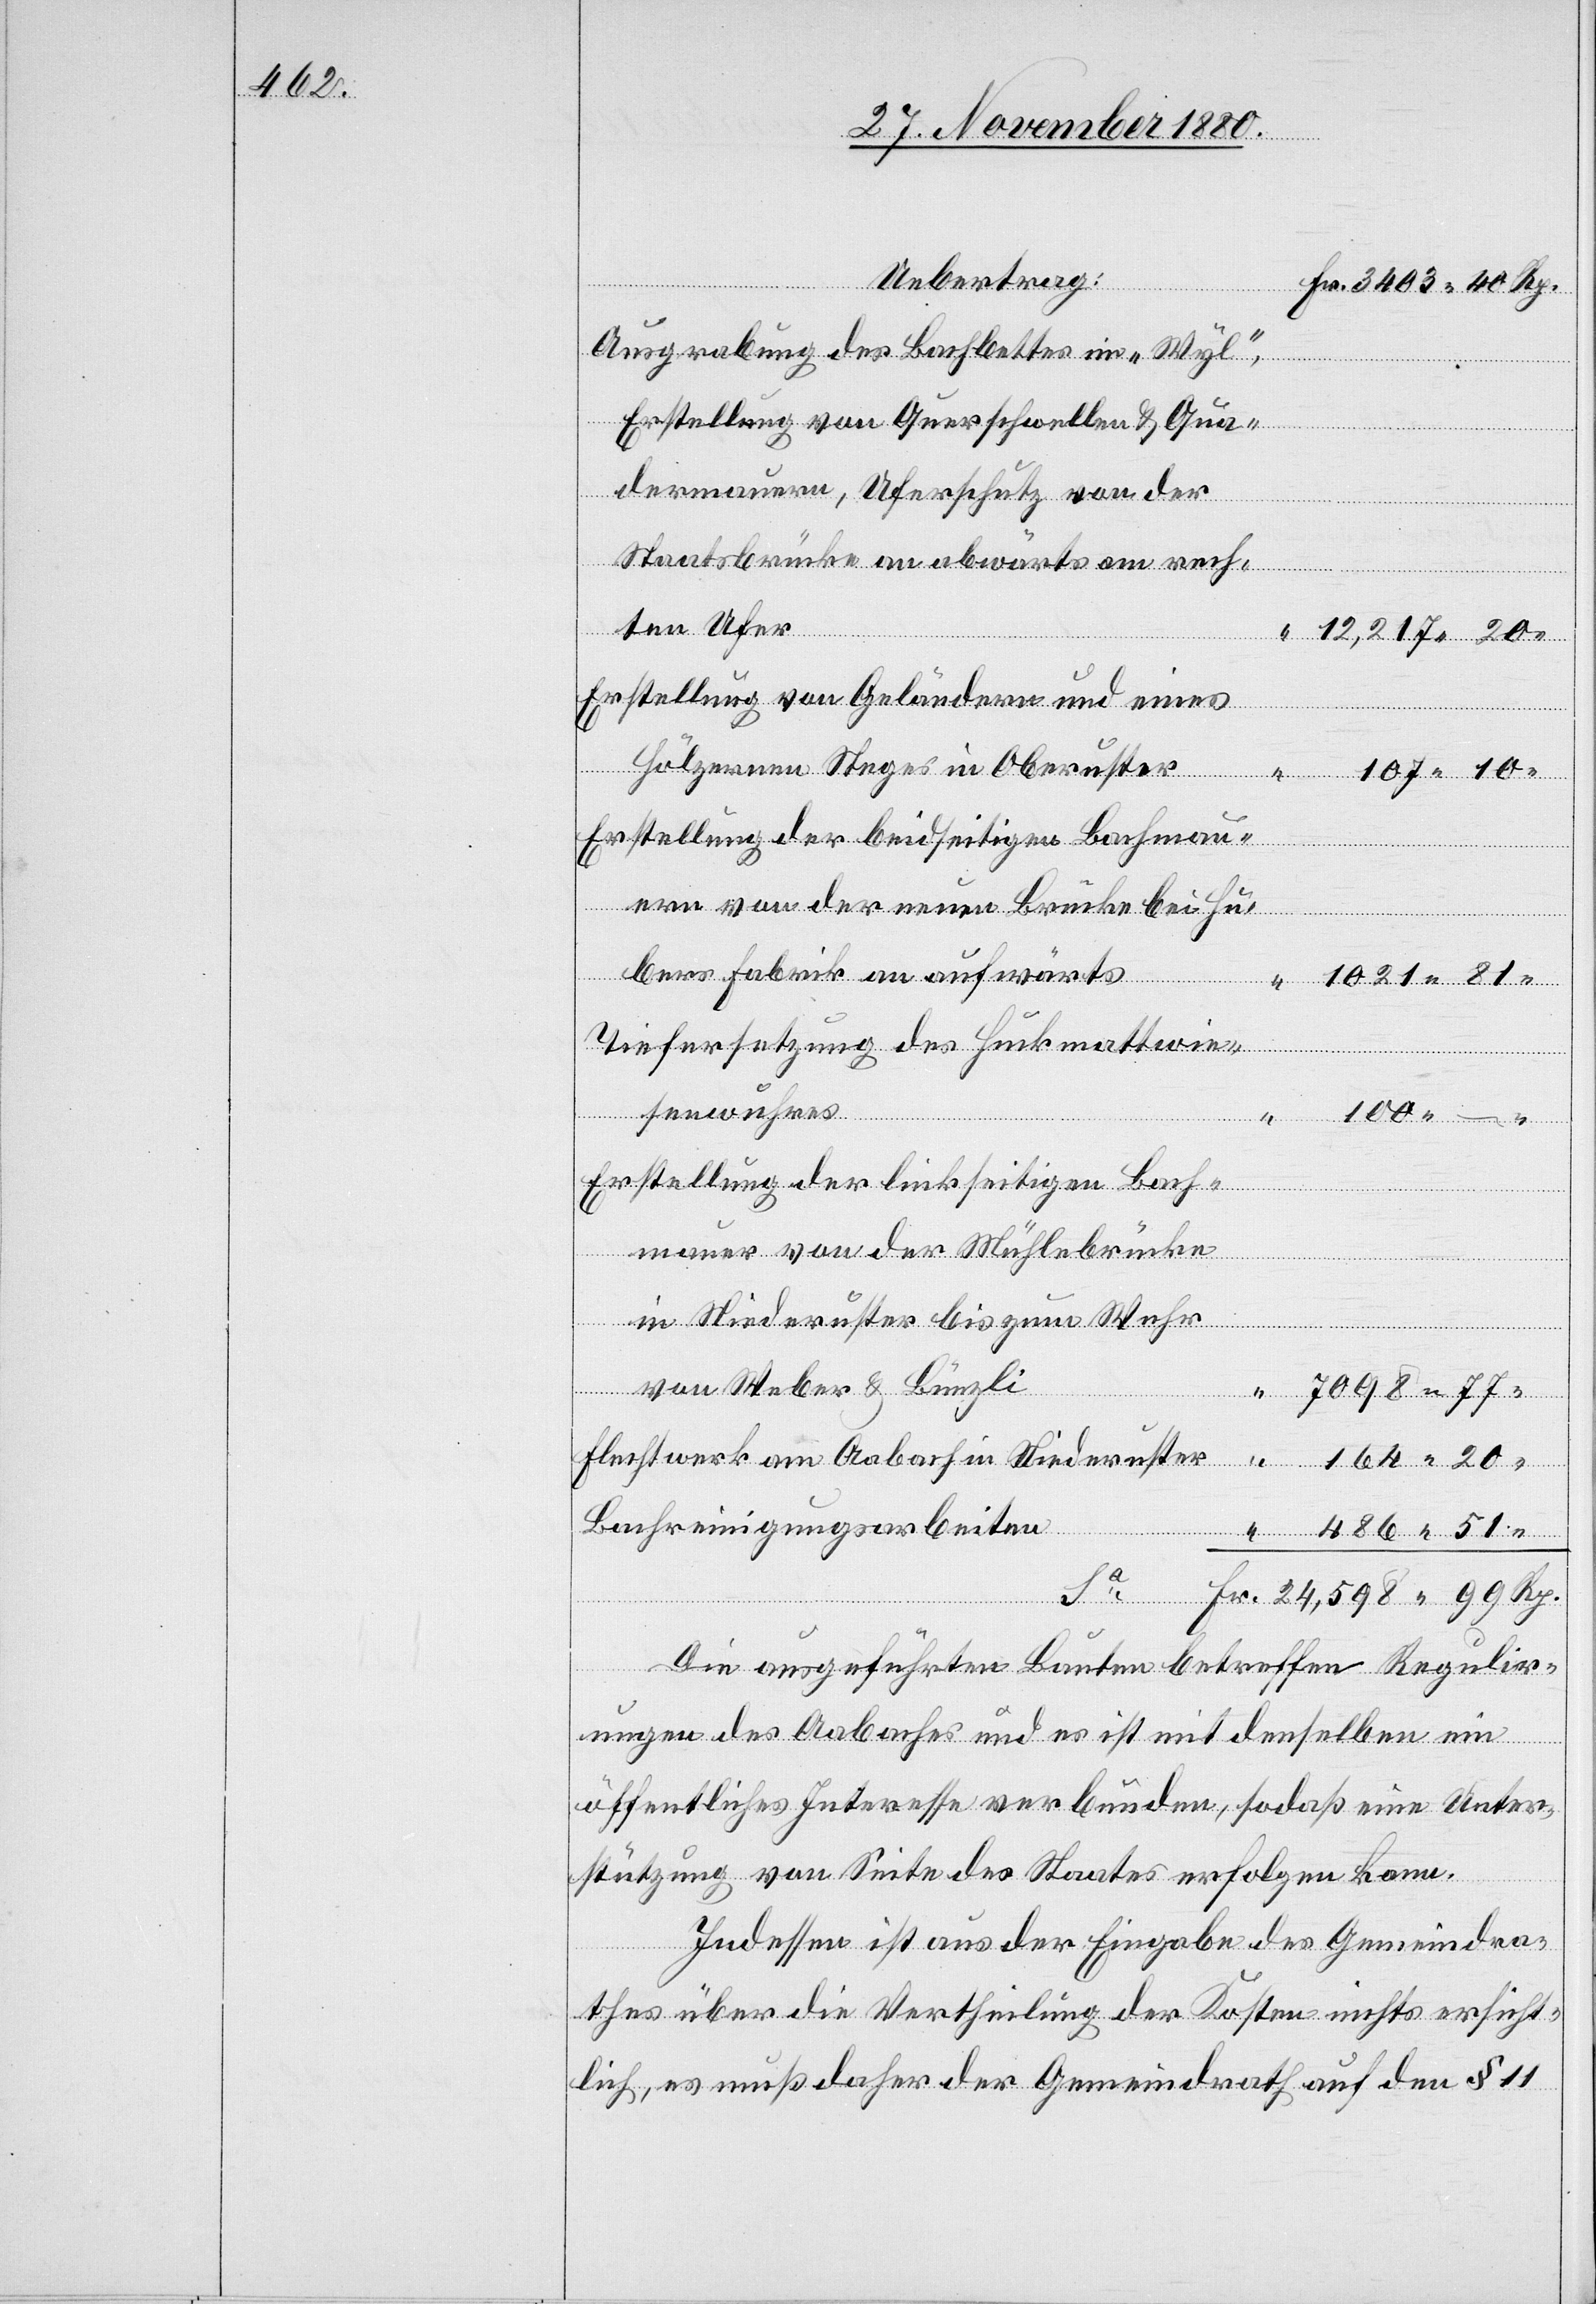
Uebertrag:
Rp.
Ausgrabung des Bachbettes im „Wyl“,
Sa
Erstellung von Querschwellen & Qua¬
am
dermauern, Uferschutz von der
Staatbrücke an abwärts am rech¬
ten Ufer
Niederuster
Erstellung von Geländern und eines
Fr.
ern von der neuen Brücke bei Hu¬
bers Fabrik an aufwärts
Tiefersetzung des Huckmattwei¬
senwuhres
“
Erstellung der linkseitigen Bach¬
20
mauer von der Mühlebrücke
in Niederuster bis zum Wuhr
Bachmau¬
von Weber & Bünzli
51
Bachreinigungsarbeiten
Aabach in
Die ausgeführten Bauten betreffen Regulir¬
ungen des Aabaches und es ist mit denselben ein
öffentliches Interesse verbunden, sodaß eine Unter¬
stützung von Seite des Staates erfolgen kann.
Indessen ist aus der Eingabe des Gemeindra¬
thes über die Vertheilung der Kosten nichts ersicht¬
lich, es muß daher der Gemeindrath auf den § 11